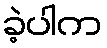
ခဲ့ပါက